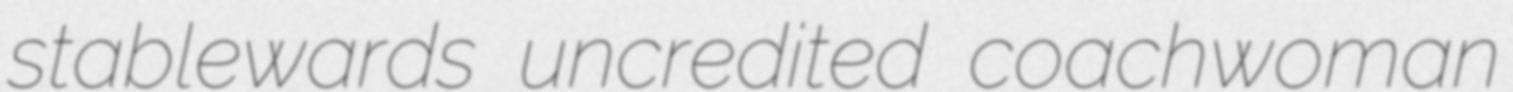
stablewards uncredited coachwoman